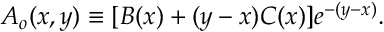
A _ { o } ( x , y ) \equiv [ B ( x ) + ( y - x ) C ( x ) ] e ^ { - ( y - x ) } .